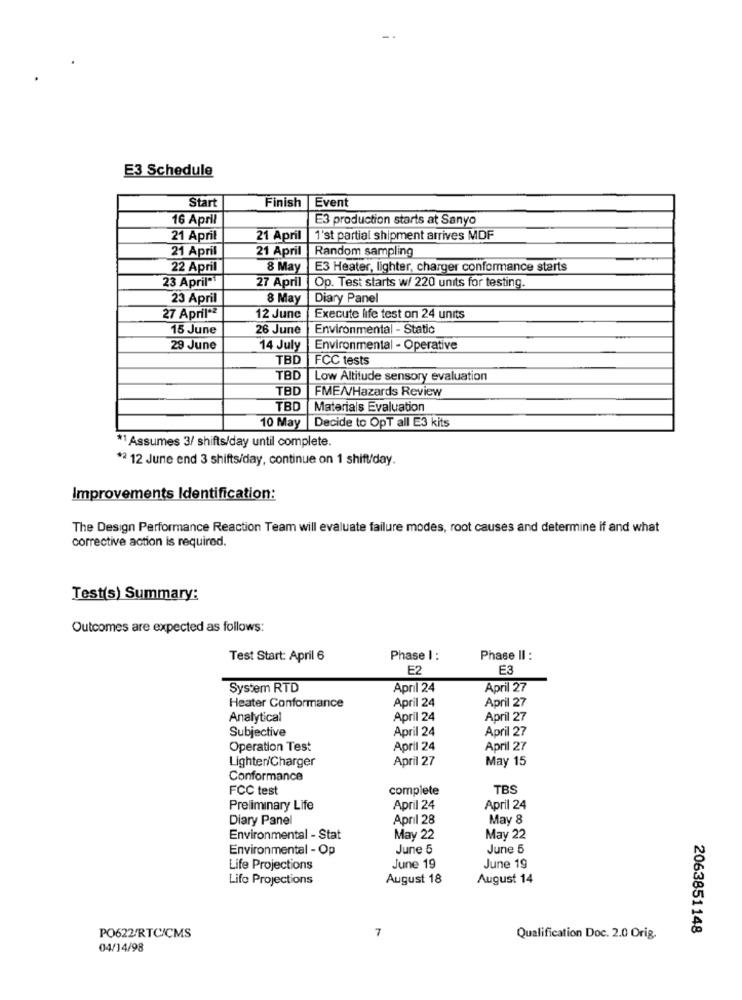
E3 Schedule
Start
Finish Event
16 April
E3 production starts at Sanyo
21 April
21 April
1'st partial shipment arrives MDF
21 April
21 April
Random sampling
22 April
8 May
E3 Heater, lighter, charger conformance starts
23 April""
27 April
Op. Test starts w/ 220 units for testing.
23 April
8 May
Diary Panel
27 April*2
12 Junc
Execute life test on 24 units
15 June
26 June
Environmental - Static
29 June
14 July
Environmental - Operative
TBD
FCC tests
TBD
Low Altitude sensory evaluation
TBD
FME//Hazards Review
TBD
Materials Evaluation
Decide to OpT all E3 kits
10 May
*1 Assumes 3/ shifts/day until complete.
*2 12 June end 3 shifts/day, continue on 1 shift/day.
Improvements Identification:
The Design Performance Reaction Team will evaluate failure modes, root causes and determine if and what
corrective action is required.
Test(s) Summary:
Outcomes are expected as follows:
Test Start: April 6
Phase I :
Phase II :
E2
E3
System RTD
April 24
April 27
April 24
April 27
Heater Conformance
Analytical
April 24
April 27
Subjective
April 24
April 27
Operation Test
April 24
April 27
Lighter/Charger
April 27
May 15
Conformance
FCC test
complete
TBS
Preliminary Life
April 24
April 24
Diary Panel
April 28
May 8
Environmental - Stat
May 22
May 22
Environmental - Op
June 5
June 5
Life Projections
June 19
June 19
Lifo Projections
August 18
August 14
2063851148
PO622/RTC/CMS
7
Qualification Doc. 2.0 Orig.
04/14/98